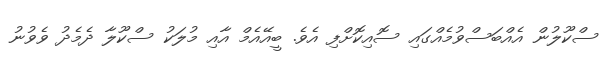
ސްކޫލުން އެއްބަސްވުމެއްގައި ސޮއިކޮށްފި އެވެ. ބީއޭއެމް އާއި މުލަކު ސްކޫލާ ދެމެދު ވެވުނު